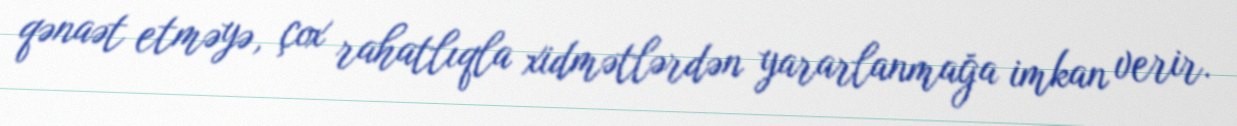
qənaət etməyə, çox rahatlıqla xidmətlərdən yararlanmağa imkan verir.